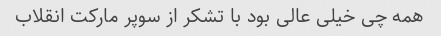
همه چی خیلی عالی بود با تشکر از سوپر مارکت انقلاب